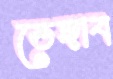
ভেঙ্গাব